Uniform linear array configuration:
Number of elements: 12
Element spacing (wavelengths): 0.25
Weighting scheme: blackman
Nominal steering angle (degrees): -45
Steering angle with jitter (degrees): -45.519
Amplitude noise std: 0.05
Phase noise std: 0.05

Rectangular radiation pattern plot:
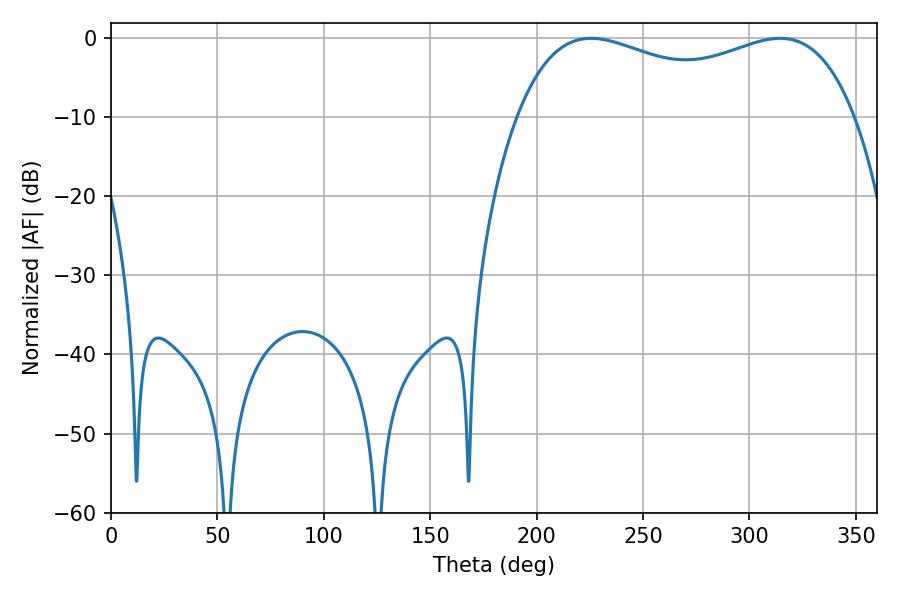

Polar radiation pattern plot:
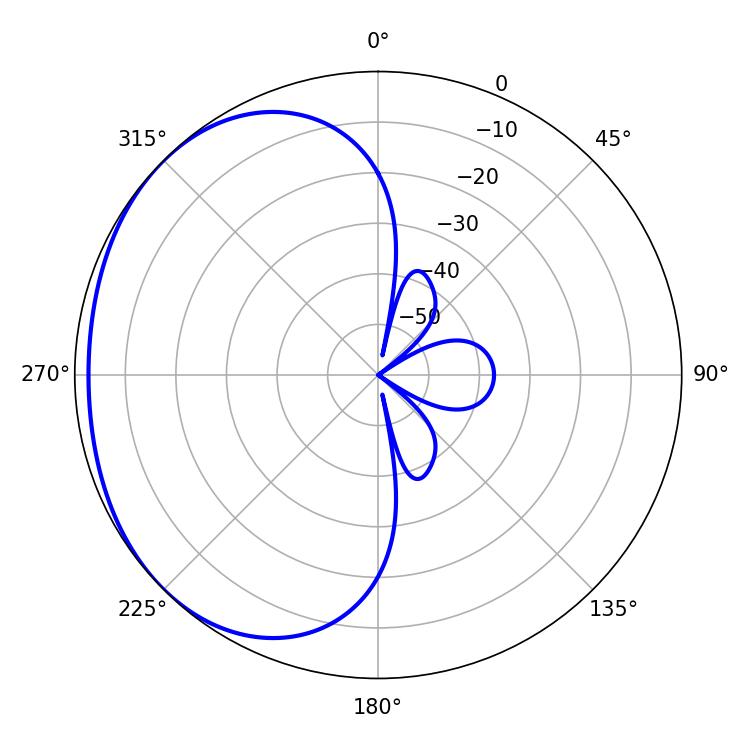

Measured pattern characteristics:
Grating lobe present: FALSE
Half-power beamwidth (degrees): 130.68
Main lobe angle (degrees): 225.54